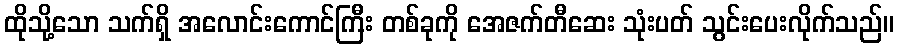
ထိုသို့သော သက်ရှိ အလောင်းကောင်ကြီး တစ်ခုကို အေဇက်တီဆေး သုံးပတ် သွင်းပေးလိုက်သည်။